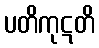
ပတိကုဋတိ